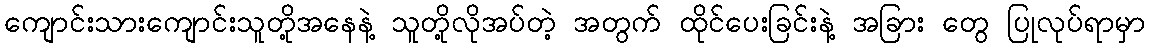
ကျောင်းသားကျောင်းသူတို့အနေနဲ့ သူတို့လိုအပ်တဲ့ အတွက် ထိုင်ပေးခြင်းနဲ့ အခြား တွေ ပြုလုပ်ရာမှာ